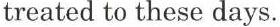
treated to these days.